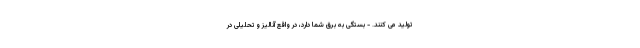
تولید می کنند. - بستگی به برق شما دارد، در واقع آنالیز و تحلیلی در